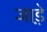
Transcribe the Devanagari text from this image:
जाड़े़